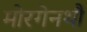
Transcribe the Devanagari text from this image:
मोरगेनथौ